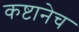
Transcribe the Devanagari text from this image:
कष्टानेच